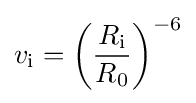
v_{\text{i}}=\left({\frac {R_{\text{i}}}{R_{0}}}\right)^{-6}